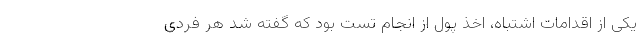
یکی از اقدامات اشتباه، اخذ پول از انجام تست بود که گفته شد هر فردی